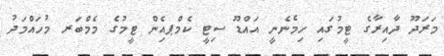
މަރަދޫ ދާއިރާގެ ޓީމުގައި ހިމެނެނީ އައްޑޫ ސިޓީ ކެމްޕއެިން ޓީމުގެ މެމްބަރ މުހައްމަދު